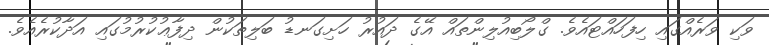
ވަކި ވަރެއްގައި ހިފަހައްޓައެވެ. ގްލޯބިއުލިންތައް އޭގެ ދައުރު ހަށިގަނޑު ބަލިތަކުން ދިފާޢުކުރުމުގައި އަދާކުރެއެވެ.